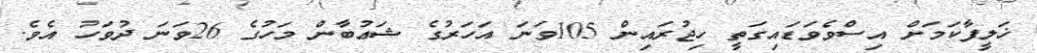
ޚަލީފާކަމަށް އިސްވެވަޑައިގަތީ ހިޖުރައިން 105ވަނަ އަހަރުގެ ޝަޢުބާން މަހުގެ 26ވަނަ ދުވަހު އެވެ.